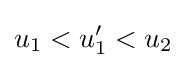
u_{1}<u_{1}'<u_{2}